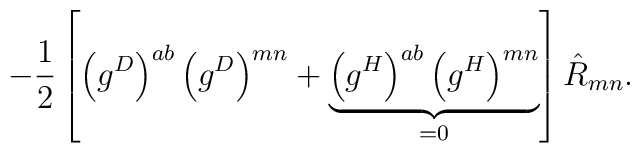
- \frac{1}{2} \left[\left(g^D\right)^{ab}\left(g^D\right)^{mn} +  \underbrace{\left(g^H\right)^{ab}\left(g^H\right)^{mn}}_{= 0}\right] \hat R_{mn}.